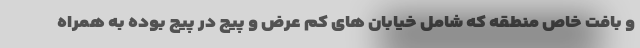
و بافت خاص منطقه كه شامل خيابان های كم عرض و پيچ در پيچ بوده به همراه